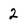
Character: 2